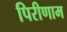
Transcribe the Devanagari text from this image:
पिरीणाम